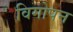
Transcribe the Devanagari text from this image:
विगोपन